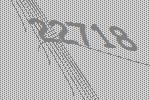
22718